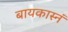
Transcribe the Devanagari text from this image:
बायकास्नं